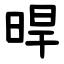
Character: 晘